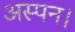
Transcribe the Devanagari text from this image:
अस्पन।